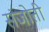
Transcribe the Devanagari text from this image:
संजोती